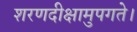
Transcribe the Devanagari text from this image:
शरणदीक्षामुपगते।